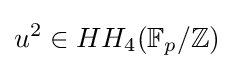
u^{2}\in HH_{4}(\mathbb {F} _{p}/\mathbb {Z} )